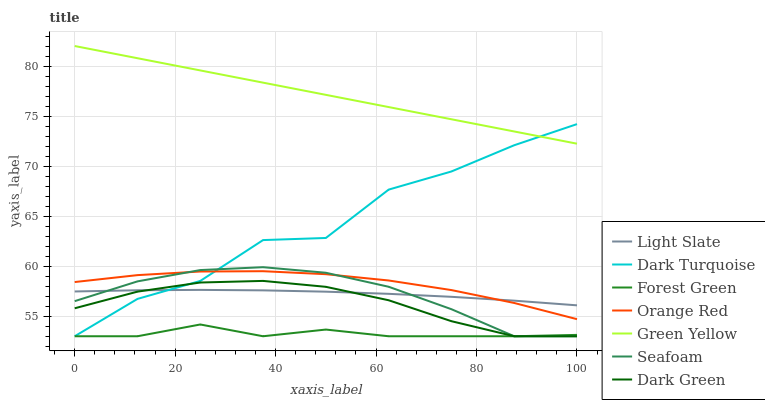
| xaxis_label | Light Slate | Dark Turquoise | Forest Green | Orange Red | Green Yellow | Seafoam | Dark Green |
 | --- | --- | --- | --- | --- | --- | --- | --- |
 | 0 | 57.5 | 53 | 53 | 58.4 | 82 | 56.5 | 55.8 |
 | 12.5 | 57.6 | 56.7 | 53 | 59.1 | 80.8 | 58.5 | 57.5 |
 | 25 | 57.6 | 58.5 | 54.2 | 59.5 | 79.6 | 59.6 | 58.4 |
 | 37.5 | 57.6 | 62.6 | 53 | 59.5 | 78.3 | 59.9 | 58.5 |
 | 50 | 57.5 | 62.8 | 53.7 | 59.2 | 77.1 | 59.3 | 57.9 |
 | 62.5 | 57.2 | 67.7 | 53 | 58.6 | 75.9 | 57.9 | 56.6 |
 | 75 | 56.9 | 69.5 | 53 | 57.6 | 74.7 | 55.7 | 54.5 |
 | 87.5 | 56.6 | 72.1 | 53 | 56.3 | 73.5 | 53 | 53 |
 | 100 | 56.1 | 74.2 | 53.1 | 54.7 | 72.2 | 53 | 53 |